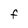
Character: F